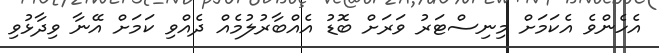
އެހެންވެ އެކަމަށް މިނިސްޓަރު ވަރަށް ބޮޑު އެއްބާރުލުމެއް ދެއްވި ކަމަށް އޭނާ ވިދާޅުވި